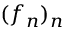
( f _ { n } ) _ { n }